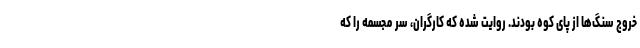
خروج سنگ‌ها از پای کوه بودند. روایت شده که کارگران، سرِ مجسمه را که